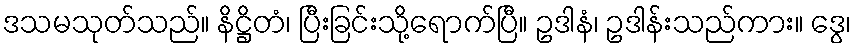
ဒသမသုတ်သည်။ နိဋ္ဌိတံ၊ ပြီးခြင်းသို့ရောက်ပြီ။ ဥဒါနံ၊ ဥဒါန်းသည်ကား။ ဒွေ၊